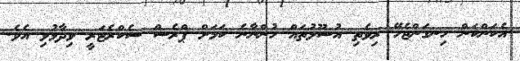
އެކަންކަން ހިނގަންޖެހޭ ރިވެތި އުސޫލުތައް ހުންނާނެ ކަމަށް ޕްރެސް ސެކްރެޓަރީ ވިދާޅުވި އެވެ.